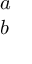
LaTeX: \begin{array} { l } { a } \\ { b } \end{array}